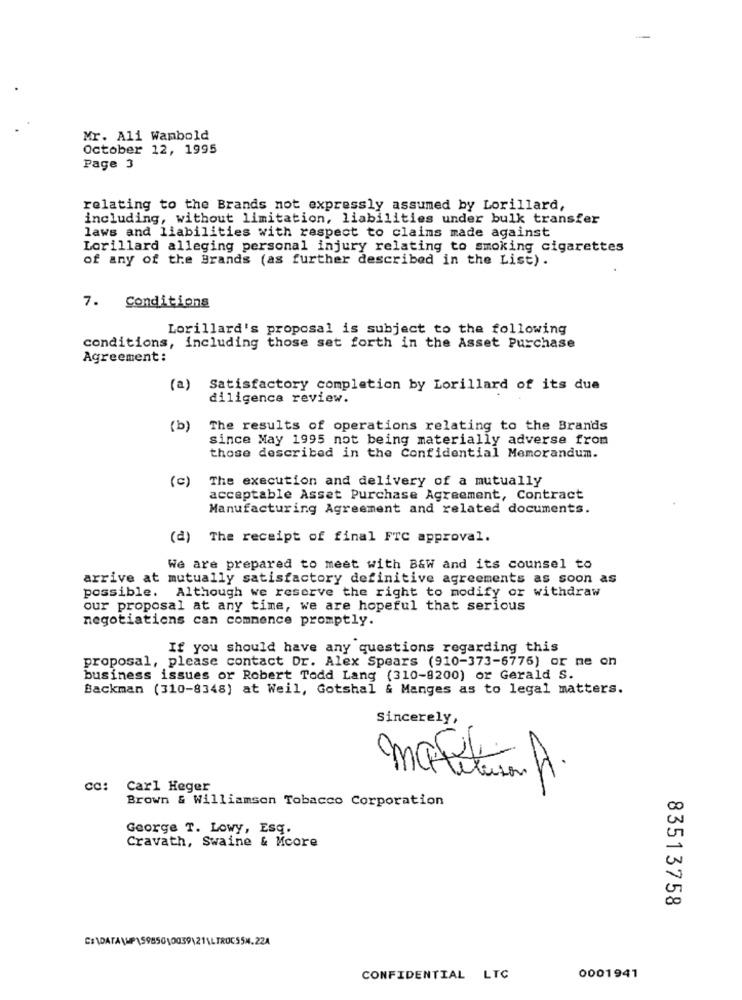
Mr. Ali Wambold
October 12, 1995
Page 3
relating to the Brands not expressly assumed by Lorillard,
including, without limitation, liabilities under bulk transfer
laws and liabilities with respect to claims made against
Lorillard alleging personal injury relating to smoking cigarettes
of any of the grands (as further described in the List).
7. Conditions
Lorillard's proposal is subject to the following
conditions, including those set forth in the Asset Purchase
Agreement:
(a)
Satisfactory completion by Lorillard of its due
diligence review.
(b)
The results of operations relating to the Brands
since May 1995 not being materially adverse from
those described in the Confidential Memorandum.
(c)
The execution and delivery of a mutually
acceptable Asset Purchase Agreement, Contract
Manufacturing Agreement and related documents.
(d) The receipt of final FTC approval.
We are prepared to meet with B&W and its counsel to
arrive at mutually satisfactory definitive agreements as soon as
possible. Although we reserve the right to modify or withdraw
our proposal at any time, we are hopeful that serious
negotiations can commence promptly.
If you should have any questions regarding this
proposal, please contact Dr. Alex Spears (910-373-6776) or me on
business issues or Robert Todd Lang (310-8200) or Gerald S.
Backman (310-8348) at Weil, Gotshal & Manges as to legal matters.
Sincerely,
maktan A.
cc: Carl Heger
Brown & Williamson Tobacco Corporation
George T. Lowy, Esq.
Cravath, Swaine & Mcore
83513758
C:\DATA\P\5985010039\21\LTROC55M.ZZA
CONFIDENTIAL LTC
0001941